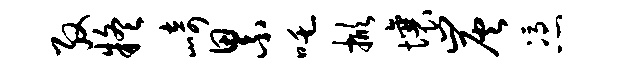
殷疑崎累吒掀壤炭凭